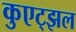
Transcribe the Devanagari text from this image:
कुएट्झल